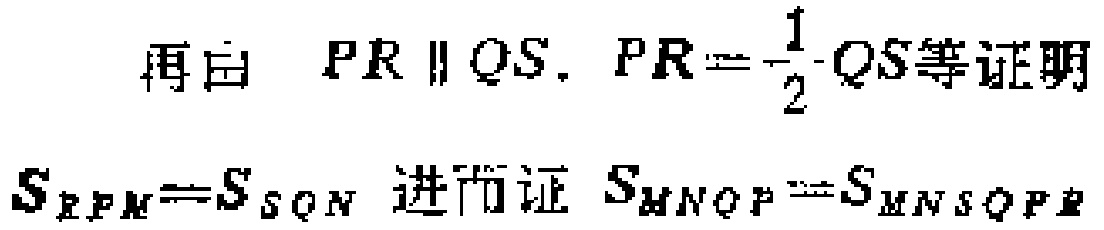
再由 \(PR \parallel QS, PR = \frac{1}{2}QS\)等证明
\(S_{RPM}=S_{SQN}\) 进而证 \(S_{MNOP}=S_{MNSQPR}\)